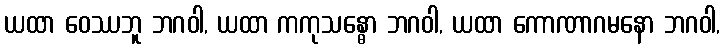
ယထာ ဝေဿဘူ ဘဂဝါ, ယထာ ကကုသန္ဓော ဘဂဝါ, ယထာ ကောဏာဂမနော ဘဂဝါ,